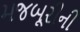
મજબૂરીની